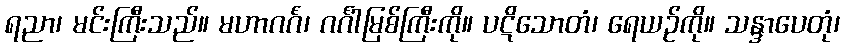
ရညာ၊ မင်းကြီးသည်။ မဟာဂင်္ဂံ၊ ဂင်္ဂါမြစ်ကြီးကို။ ပဋိသောတံ၊ ရေယဉ်ကို။ သန္ဒာပေတုံ၊